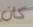
كان